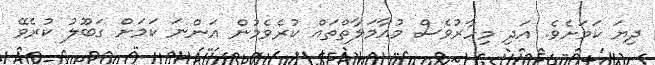
ދިޔަ ކަމަށެވެ. އަދި މިހާރުވެސް މުއާމަލާތްތައް ކުރެވެމުން އަންނަ ކަމަށް ގަބޫލު ކުރެވޭ